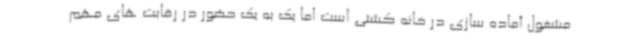
مشغول آماده سازی در خانه کشتی است اما یک به یک حضور در رقابت های مهم